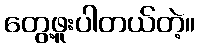
တွေ့ဖူးပါတယ်တဲ့။